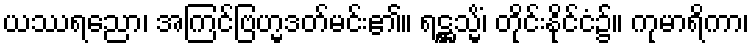
ယဿရညော၊ အကြင်ဗြဟ္မဒတ်မင်း၏။ ရဋ္ဌသ္မိံ၊ တိုင်းနိုင်ငံ၌။ ကုမာရိကာ၊